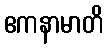
ဧကနာမာတိ